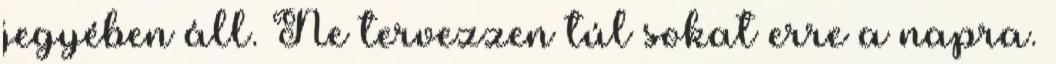
jegyében áll. Ne tervezzen túl sokat erre a napra.